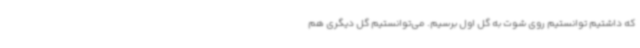
که داشتیم توانستیم روی شوت به گل اول برسیم. می‌توانستیم گل دیگری هم